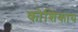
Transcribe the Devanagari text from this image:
कोशिकाय